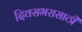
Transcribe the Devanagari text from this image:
दिवसभरासाठी